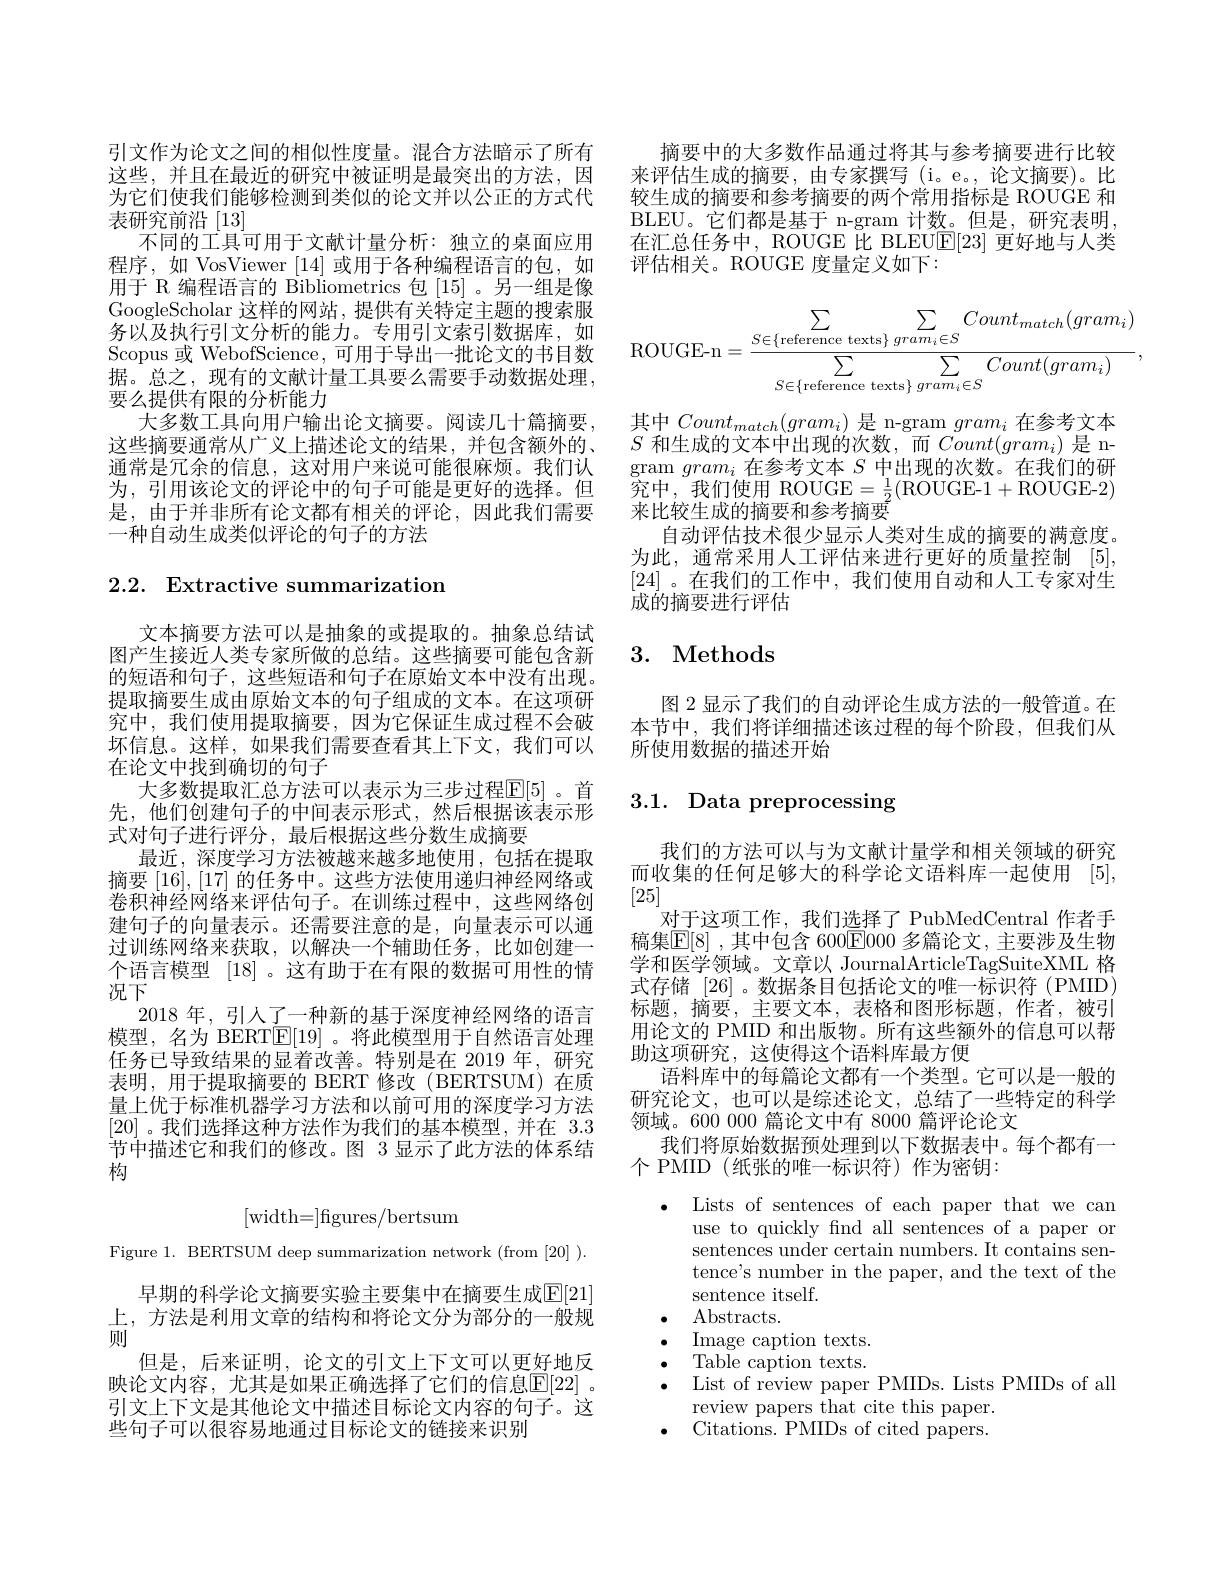
引文作为论文之间的相似性度量。混合方法暗示了所有这些，并且在最近的研究中被证明是最突出的方法，因为它们使我们能够检测到类似的论文并以公正的方式代表研究前沿[13]
不同的工具可用于文献计量分析：独立的桌面应用程序，如 VosViewer [14]或用于各种编程语言的包，如用于 R 编程语言的 Bibliometrics 包[15]。另一组是像GoogleScholar 这样的网站，提供有关特定主题的搜索服务以及执行引文分析的能力。专用引文索引数据库，如Scopus 或 WebofScience, 可用于导出一批论文的书目数据。总之，现有的文献计量工具要么需要手动数据处理， 要么提供有限的分析能力
大多数工具向用户输出论文摘要。阅读几十篇摘要， 这些摘要通常从广义上描述论文的结果，并包含额外的、 通常是冗余的信息，这对用户来说可能很麻烦。我们认为，引用该论文的评论中的句子可能是更好的选择。但是，由于并非所有论文都有相关的评论，因此我们需要一种自动生成类似评论的句子的方法

2.2. Extractive summarization

文本摘要方法可以是抽象的或提取的。抽象总结试图产生接近人类专家所做的总结。这些摘要可能包含新的短语和句子，这些短语和句子在原始文本中没有出现。提取摘要生成由原始文本的句子组成的文本。在这项研究中，我们使用提取摘要，因为它保证生成过程不会破坏信息。这样，如果我们需要查看其上下文，我们可以在论文中找到确切的句子
大多数提取汇总方法可以表示为三步过程$\mathbb{E}[5]$ 。首先，他们创建句子的中间表示形式，然后根据该表示形式对句子进行评分，最后根据这些分数生成摘要
最近，深度学习方法被越来越多地使用，包括在提取摘要[16],[17]的任务中。这些方法使用递归神经网络或卷积神经网络来评估句子。在训练过程中，这些网络创建句子的向量表示。还需要注意的是，向量表示可以通过训练网络来获取，以解决一个辅助任务，比如创建一个语言模型[18] 。这有助于在有限的数据可用性的情况下
2018 年，引人了一种新的基于深度神经网络的语言模型，名为 BERT$\underline{\mathrm{E}}[19]$。将此模型用于自然语言处理任务已导致结果的显着改善。特别是在 2019 年，研究表明，用于提取摘要的 BERT 修改(BERTSUM)在质量上优于标准机器学习方法和以前可用的深度学习方法[20]。我们选择这种方法作为我们的基本模型，并在 3.3节中描述它和我们的修改。图 3 显示了此方法的体系结构
$$\text{[width=]figures/bertsum}$$
Figure 1. BERTSUM deep summarization network (from [20] ).

早期的科学论文摘要实验主要集中在摘要生成$\mathbb{E}[21]$ 上，方法是利用文章的结构和将论文分为部分的一般规则
但是，后来证明，论文的引文上下文可以更好地反映论文内容，尤其是如果正确选择了它们的信息$\mathbb{E}[22]$ 。引文上下文是其他论文中描述目标论文内容的句子。这些句子可以很容易地通过目标论文的链接来识别

摘要中的大多数作品通过将其与参考摘要进行比较来评估生成的摘要，由专家撰写(i。e。,论文摘要)。比较生成的摘要和参考摘要的两个常用指标是 ROUGE 和BLEU。它们都是基于 n-gram 计数。但是，研究表明， 在汇总任务中，ROUGE 比 BLEU$\underline{\mathrm{F}}[23]$更好地与人类评估相关。ROUGE 度量定义如下：
$$\sum_{S\in\{\text{reference texts}\}}\sum_{gram_i\in S}Count_{match}(gram_i)\\\sum_{S\in\{\text{reference texts}\}}\sum_{gram_i\in S}Count(gram_i)$$
其中$Count_{match}(gram_{i})$是 n-gram $gram_{i}$在参考文本$S$和生成的文本中出现的次数，而$\bar{Count}(gram_{i})$是 n- $\operatorname{gram}gram_i$在参考文本$S$中出现的次数。在我们的研究中，我们使用 ROUGE$=\frac12($ROUGE-1+ROUGE-2) 来比较生成的摘要和参考摘要
自动评估技术很少显示人类对生成的摘要的满意度。为此，通常采用人工评估来进行更好的质量控制[5], [24] 。在我们的工作中，我们使用自动和人工专家对生成的摘要进行评估

# 3. Methods

图 2 显示了我们的自动评论生成方法的一般管道。在本节中，我们将详细描述该过程的每个阶段，但我们从所使用数据的描述开始

# 3.1. Data preprocessing

我们的方法可以与为文献计量学和相关领域的研究而收集的任何足够大的科学论文语料库一起使用[5], [25]
对于这项工作，我们选择了 PubMedCentral 作者手稿集$\mathbb{E}[8]$ ,其中包含 600$\mathbb{E}$000 多篇论文，主要涉及生物学和医学领域。文章以 JournalArticleTagSuiteXML 格式存储[26] 。数据条目包括论文的唯一标识符 (PMID) 标题，摘要，主要文本，表格和图形标题，作者，被引用论文的 PMID 和出版物。所有这些额外的信息可以帮助这项研究，这使得这个语料库最方便
语料库中的每篇论文都有一个类型。它可以是一般的研究论文，也可以是综述论文，总结了一些特定的科学领域。600 000 篇论文中有 8000 篇评论论文
我们将原始数据预处理到以下数据表中。每个都有一
个 PMID (纸张的唯一标识符)作为密钥：

$\bullet$ Lists of sentences of each paper that we can
use to quickly fnd all sentences of a paper or sentences under certain numbers. It contains sentence's number in the paper, and the text of the sentence itself.
$\cdot$ Abstracts.
$\bullet$ $\operatorname* { Image}$caption texts.
Table caption texts.
$\bullet$ List of review paper PMIDs. Lists PMIDs of all
review papers that cite this paper. ${\mathrm{Citations.~PMIDs~of~cited~papers.}}$